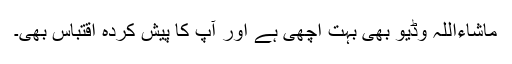
ماشاءاللہ وڈیو بھی بہت اچھی ہے اور آپ کا پیش کردہ اقتباس بھی۔